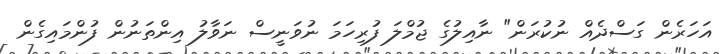
އަހަރެން ގަސްދެއް ނުކުރަން" ނާއިލުގެ ޖުމްލަ ފުރިހަމަ ނުވަނީސް ނަވާލު އިންތަނުން ފުންމައިގެން